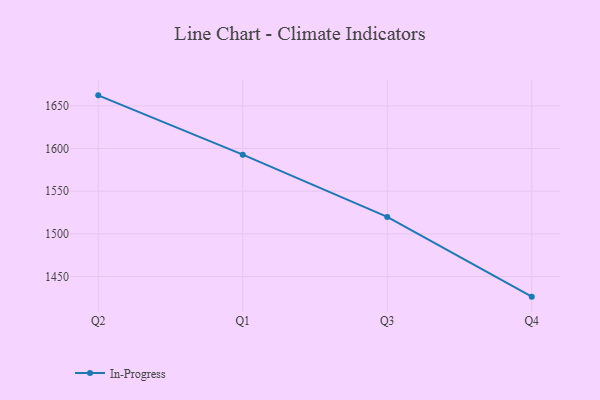
{"axis": {"x": "Quarter", "y": "Churn Rate (%)"}, "legend": ["In-Progress"], "data": [{"x": "Q2", "y": 1662.2, "type": "In-Progress"}, {"x": "Q1", "y": 1592.7, "type": "In-Progress"}, {"x": "Q3", "y": 1519.8, "type": "In-Progress"}, {"x": "Q4", "y": 1426.4, "type": "In-Progress"}]}